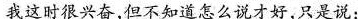
我这时很兴奋，但不知道怎么说才好，只是说：